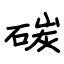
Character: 碳